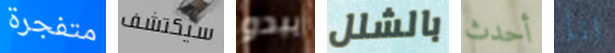
متفجرة سيكتشف يبدو بالشلل أحدث انا